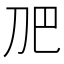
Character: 𭃋